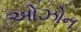
ઓઝોન